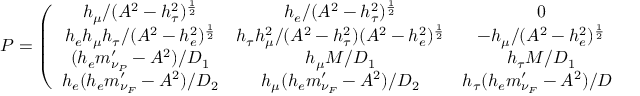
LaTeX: P = \left( \begin{array} { c c c c } { { h _ { \mu } / ( A ^ { 2 } - h _ { \tau } ^ { 2 } ) ^ { \frac { 1 } { 2 } } } } & { { h _ { e } / ( A ^ { 2 } - h _ { \tau } ^ { 2 } ) ^ { \frac { 1 } { 2 } } } } & { { 0 } } & { { 0 } } \\ { { h _ { e } h _ { \mu } h _ { \tau } / ( A ^ { 2 } - h _ { e } ^ { 2 } ) ^ { \frac { 1 } { 2 } } } } & { { h _ { \tau } h _ { \mu } ^ { 2 } / ( A ^ { 2 } - h _ { \tau } ^ { 2 } ) ( A ^ { 2 } - h _ { e } ^ { 2 } ) ^ { \frac { 1 } { 2 } } } } & { { - h _ { \mu } / ( A ^ { 2 } - h _ { e } ^ { 2 } ) ^ { \frac { 1 } { 2 } } } } & { { 0 } } \\ { { ( h _ { e } m _ { \nu _ { P } } ^ { \prime } - A ^ { 2 } ) / D _ { 1 } } } & { { h _ { \mu } M / D _ { 1 } } } & { { h _ { \tau } M / D _ { 1 } } } & { { h _ { e } M / D _ { 1 } } } \\ { { h _ { e } ( h _ { e } m _ { \nu _ { F } } ^ { \prime } - A ^ { 2 } ) / D _ { 2 } } } & { { h _ { \mu } ( h _ { e } m _ { \nu _ { F } } ^ { \prime } - A ^ { 2 } ) / D _ { 2 } } } & { { h _ { \tau } ( h _ { e } m _ { \nu _ { F } } ^ { \prime } - A ^ { 2 } ) / D _ { 2 } } } & { { - A M ( h _ { e } m _ { \nu _ { F } } ^ { \prime } - A ^ { 2 } ) / D _ { 2 } } } \end{array} \right)